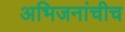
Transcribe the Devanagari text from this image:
अभिजनांचीच